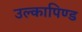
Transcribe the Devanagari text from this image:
उल्‍कापिण्‍ड